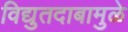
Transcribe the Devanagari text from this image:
विद्युतदाबामुळे